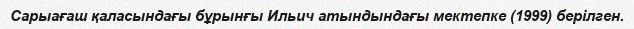
Сарыағаш қаласындағы бұрынғы Ильич атындындағы мектепке (1999) берілген.